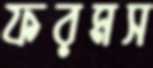
ফরমস